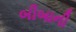
બીબાની